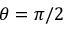
\theta = \pi / 2